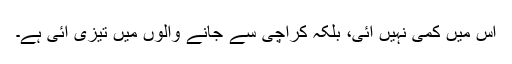
اس میں کمی نہیں آئی، بلکہ کراچی سے جانے والوں میں تیزی آئی ہے۔